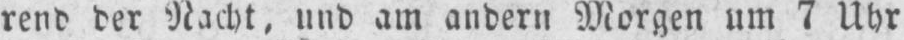
rend der Nacht, und am andern Morgen um 7 Uhr